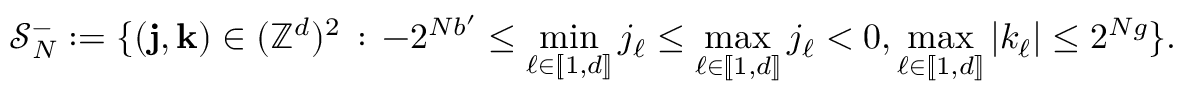
\mathcal { S } _ { N } ^ { - } : = \{ ( \mathbf { j } , \mathbf { k } ) \in ( \mathbb { Z } ^ { d } ) ^ { 2 } \, : \, - 2 ^ { N b ^ { \prime } } \leq \operatorname* { m i n } _ { \ell \in [ \! [ 1 , d ] \! ] } j _ { \ell } \leq \operatorname* { m a x } _ { \ell \in [ \! [ 1 , d ] \! ] } j _ { \ell } < 0 , \operatorname* { m a x } _ { \ell \in [ \! [ 1 , d ] \! ] } | k _ { \ell } | \leq 2 ^ { N g } \} .